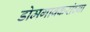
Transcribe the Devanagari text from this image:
डोमगावकरांच्या